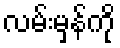
လမ်းမှန်ကို